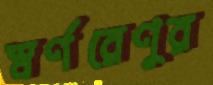
স্বর্ণরেণুর